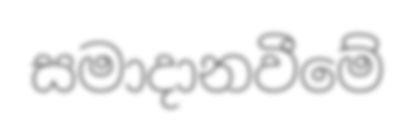
සමාදානවීමේ